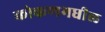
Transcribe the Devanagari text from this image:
कोकणमधील